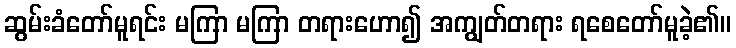
ဆွမ်းခံတော်မူရင်း မကြာ မကြာ တရားဟော၍ အကျွတ်တရား ရစေတော်မူခဲ့၏။